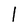
Character: 1